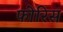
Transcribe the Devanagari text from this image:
फोरिस